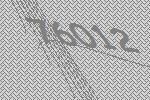
76012